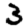
Digit: 3